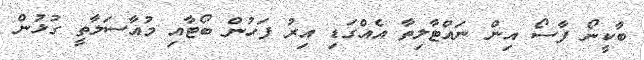
ބާކީނޯ ފާސޯ އިން ނައްޓާލިތާ އެއްގަޑި އިރު ފަހުން ބޯޓާއި މުއާސަލާތީ ގުޅުން